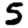
Digit: 5